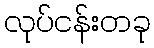
လုပ်ငန်းတခု